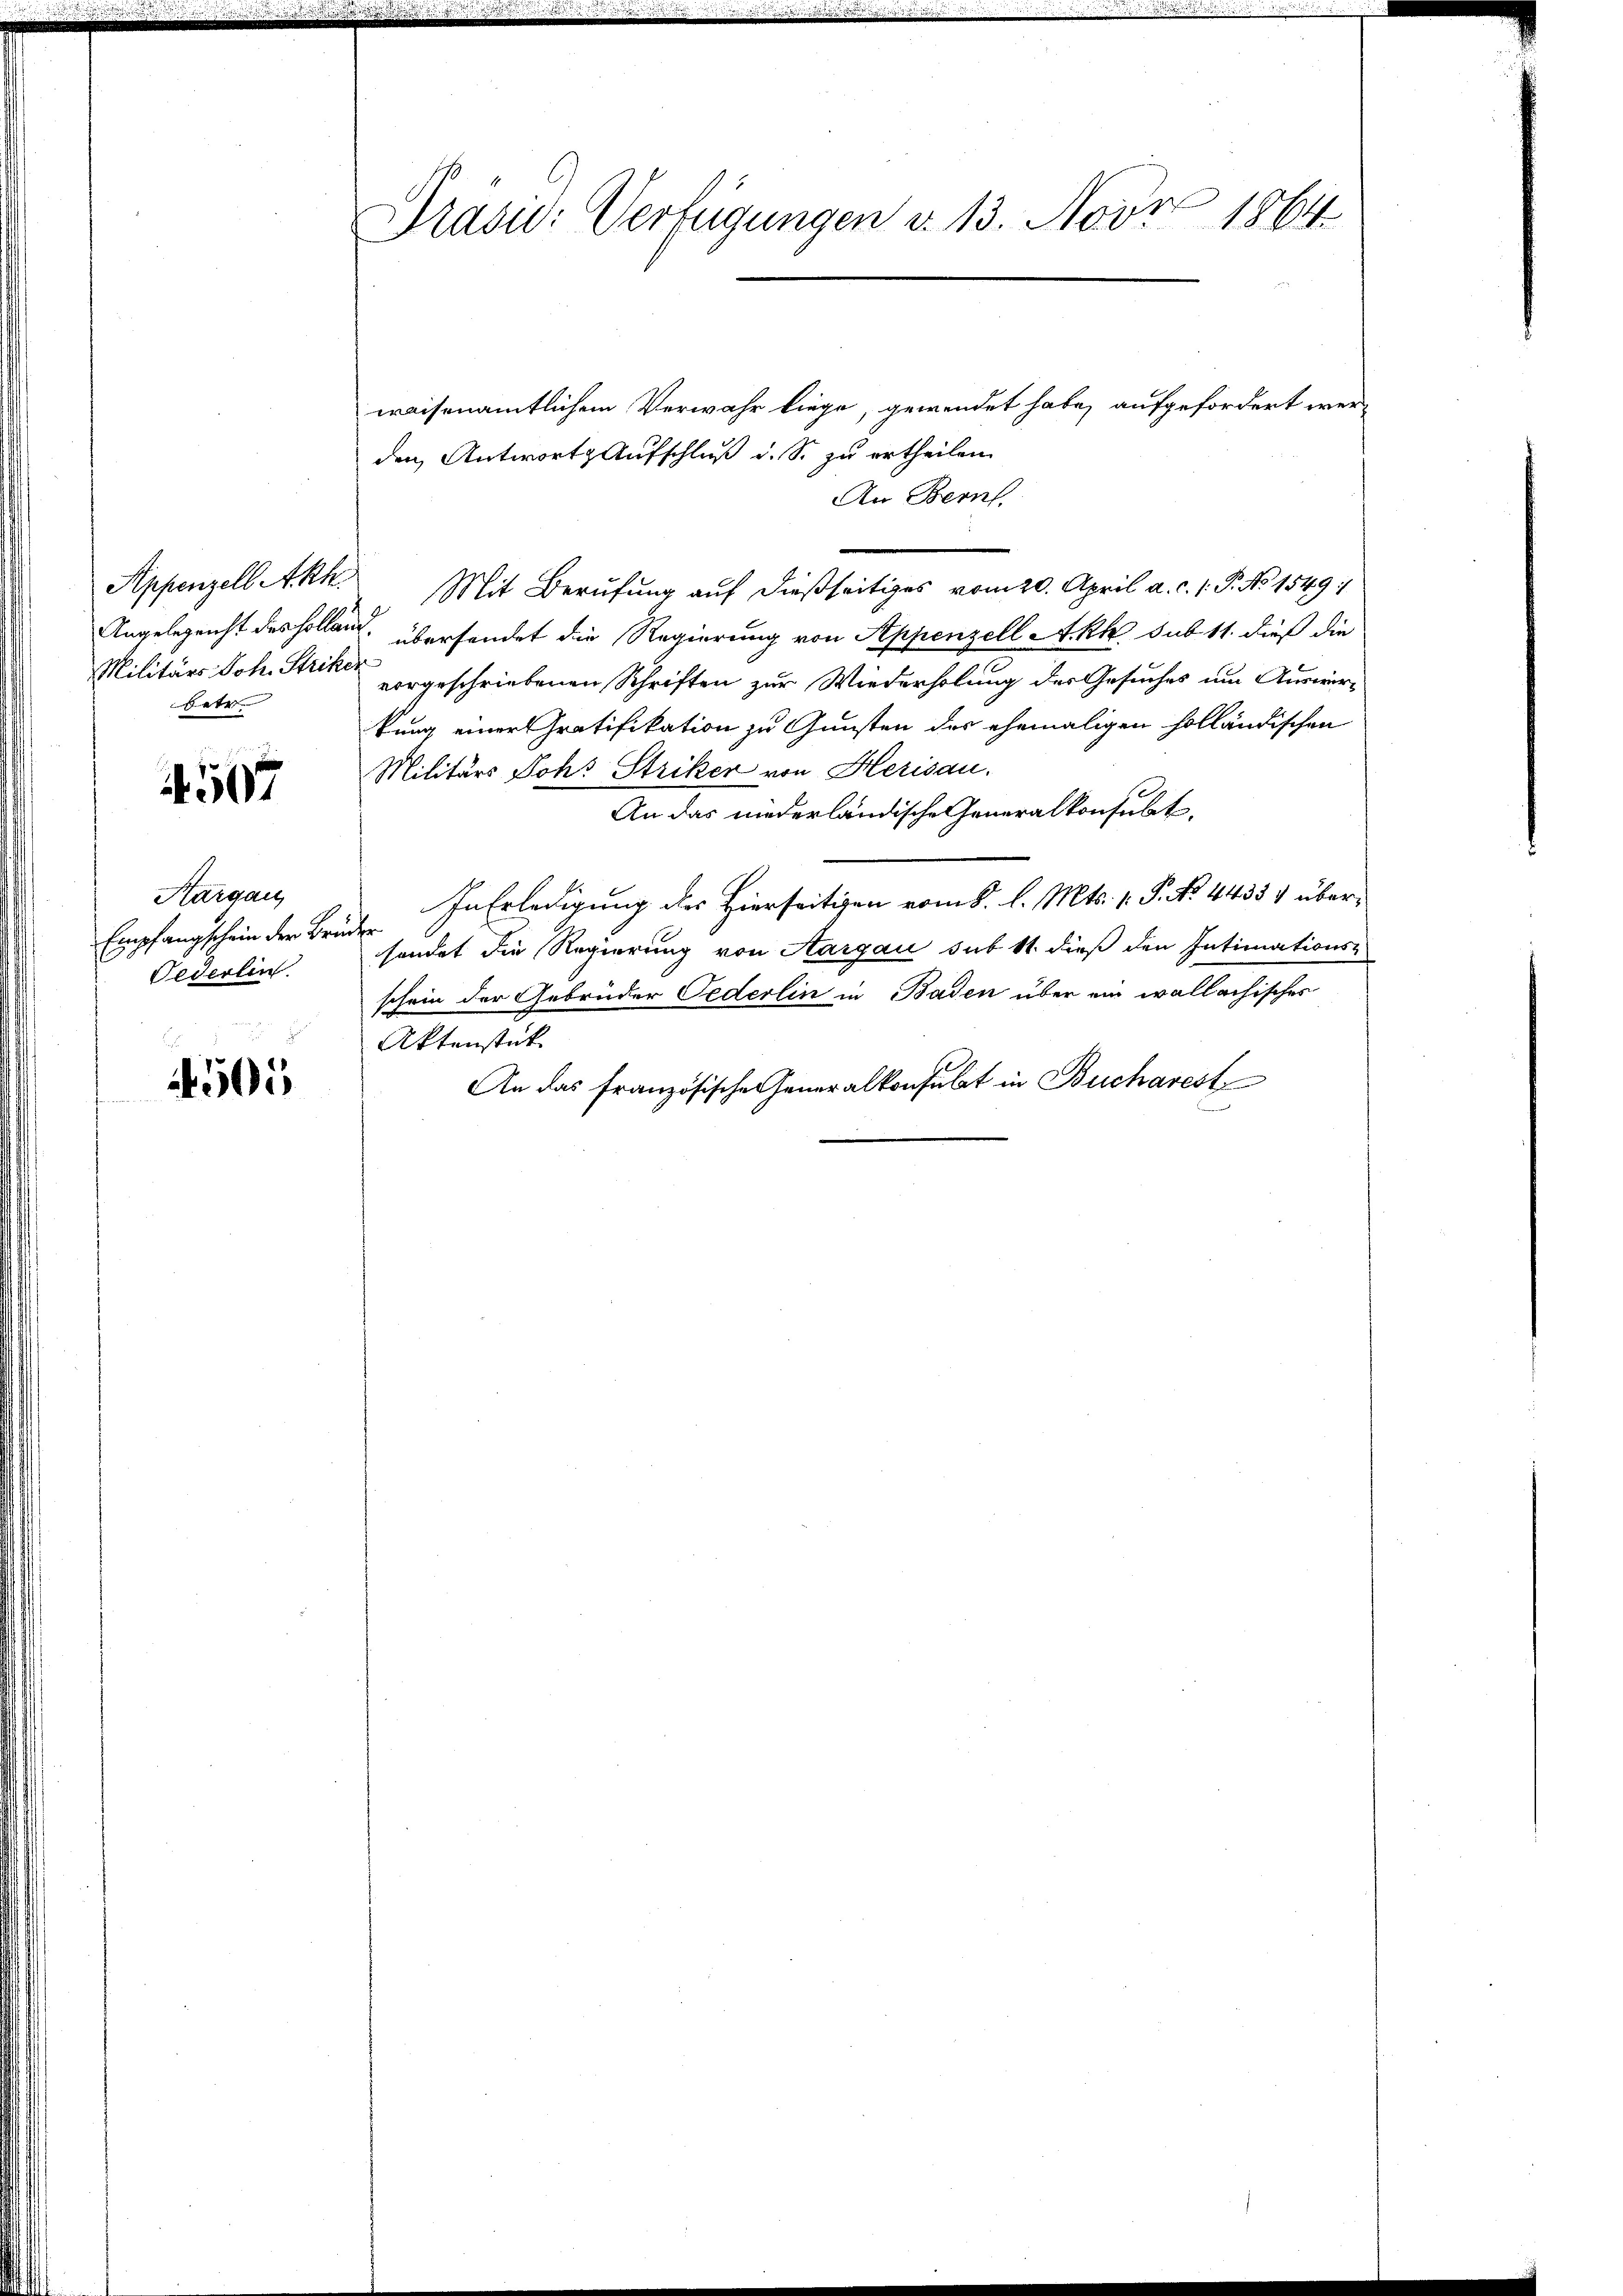
betr

4507

Aargau
Empfangschein der Brüder
Federlin.

4505

Präsid.: Verfügungen v. 13. Nobr 1864

waisenamtlichem Verwahr liege, gewendet habe, aufgefordert werden Antworts Aufschluß d. S. zu ertheilen.
An Bern.
Appenzell Akk. Mit Berufung aŭf dießseitiges vom 20. April a. c. 1. P. No 1549/
Angelegenht des Hollaus, übersendet die Regierung von Appenzell Akk sub 11. dieß die
Militärs Joh. Strikte vorgeschriebenen Schriften zur Wiederholung der Gesuches um Auswirkung einer Gratifikation zu Gunsten der ehemaligen holländischen
Militärs Joh. Striker von Herisau.
An das niederländische Generalkonsult
In Erledigung des Hierseitigen vom 8. l. Mts. p. P. No. 44354 übersendet die Regierung von Aargau sub 11 dieß den Intimations-
schein der Gebrüder Cederlin in Baden über ein wallachisches
Aktenstück
An das französische Generalkonsulat in Bucharest